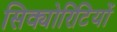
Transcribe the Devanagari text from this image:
सिक्योरिटियों